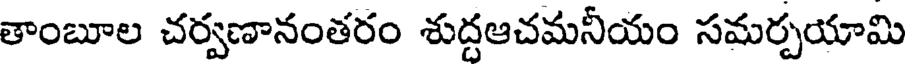
తాంబూల చర్వణానంతరం శుద్దఆచమనీయం సమర్పయామి